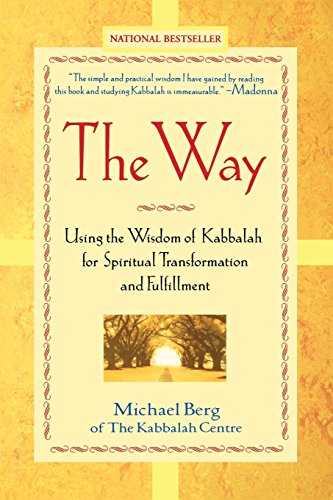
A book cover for The Way: Using the Wisdom of Kabbalah for Spiritual Transformation and Fulfillment; Michael Berg; Religion & Spirituality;